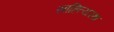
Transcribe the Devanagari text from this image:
साहित्यरथ